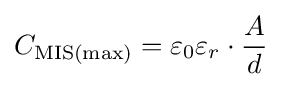
C_{\mathrm {MIS(max)} }=\varepsilon _{0}\varepsilon _{r}\cdot {{A} \over {d}}